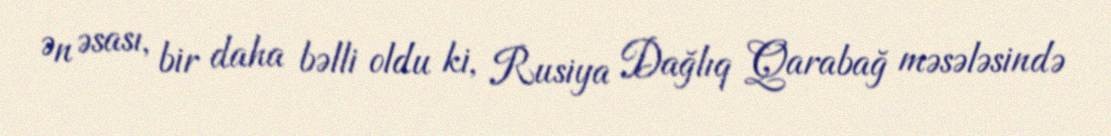
Ən əsası, bir daha bəlli oldu ki, Rusiya Dağlıq Qarabağ məsələsində